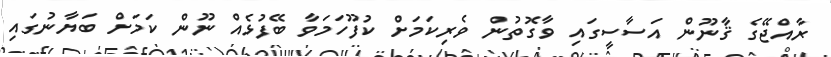
ރާއްޖޭގެ ޤާނޫން އަސާސީގައި ވާގޮތުން ވެރިކަމަށް ކުފޫހަމަވާ ބޭފުޅެއް ނޫން ކަމަށް ބަޔާނުގައި